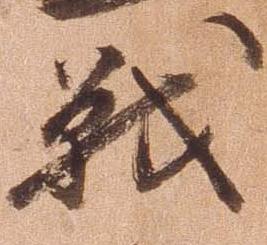
戦